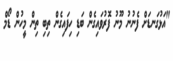
"އަޅުގަނޑަށް ފެނުނު މޫނު ފޮރުވައިގެން ބަޑި ހިފައިގެން ތިބި ތިން މީހުން ޑޯމް